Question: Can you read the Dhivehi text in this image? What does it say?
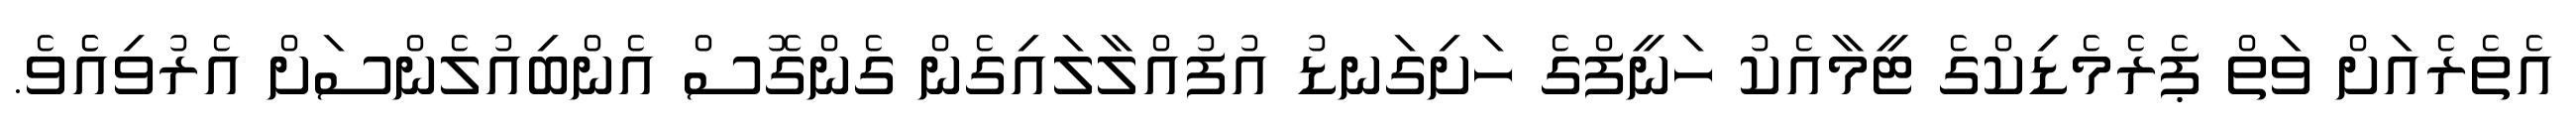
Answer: އެތެރެއަށް ވަތް ޕެރެމެޑިކްގެ ޓީމާއެކު ހަނީފްގެ ހަށިގަނޑު އުފުއްލާލައިގެން ގެންގޮސް އެންބިއުލެންސަށް އެރުވިއެެވެ.